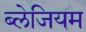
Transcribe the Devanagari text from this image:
ब्लेजियम